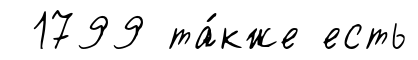
1799 та́кже есть